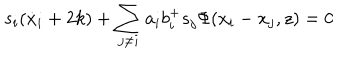
s _ { i } ( \dot { x } _ { i } + 2 k ) + \sum _ { j \neq i } a _ { i } b _ { i } ^ { + } s _ { j } \Phi ( x _ { i } - x _ { j } , z ) = 0